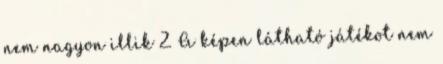
nem nagyon illik 2. A képen látható játékot nem